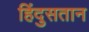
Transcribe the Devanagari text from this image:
हिंदुसतान